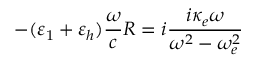
- ( \varepsilon _ { 1 } + \varepsilon _ { h } ) \frac { \omega } { c } R = i \frac { i \kappa _ { e } \omega } { \omega ^ { 2 } - \omega _ { e } ^ { 2 } }